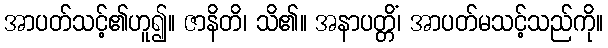
အာပတ်သင့်၏ဟူ၍။ ဇာနိတိ၊ သိ၏။ အနာပတ္တိံ၊ အာပတ်မသင့်သည်ကို။